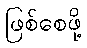
ဖြစ်စေဖို့